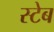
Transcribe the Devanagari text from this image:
स्टेब